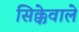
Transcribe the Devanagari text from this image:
सिक्केवाले